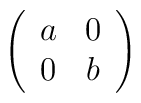
\left( \begin{array}{cc} a & 0 \\ 0 & b \end{array} \right)